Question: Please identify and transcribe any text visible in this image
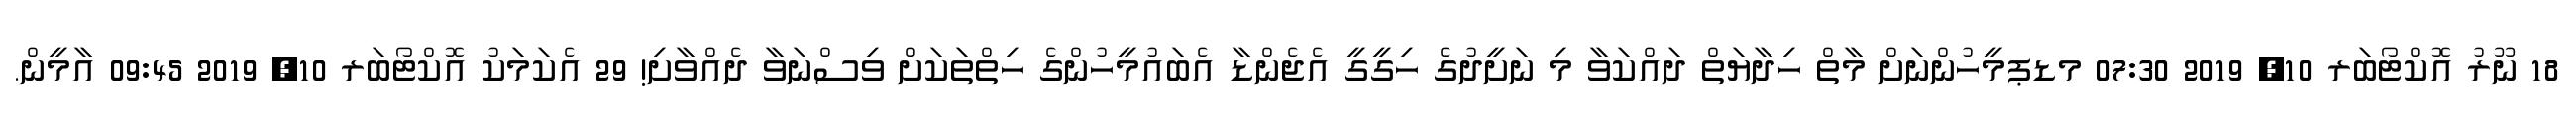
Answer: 18 ނޫރު އޮކްޓޯބަރ 10, 2019 07:30 މޑޕމީހުންނަށް މާތް ހިދާޔަތް ދައްކަވާ މި ނަށީދުގެ ހިގީގީ އެޖެންޑާ އެބައުމީހުންގެ ހިތްތަކަށް ވިސްނަވާ ދެއްވާށި! 29 އެކަމަކު އޮކްޓޯބަރ 10, 2019 09:45 އާމީން.